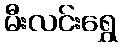
မီးလင်းရွှေ